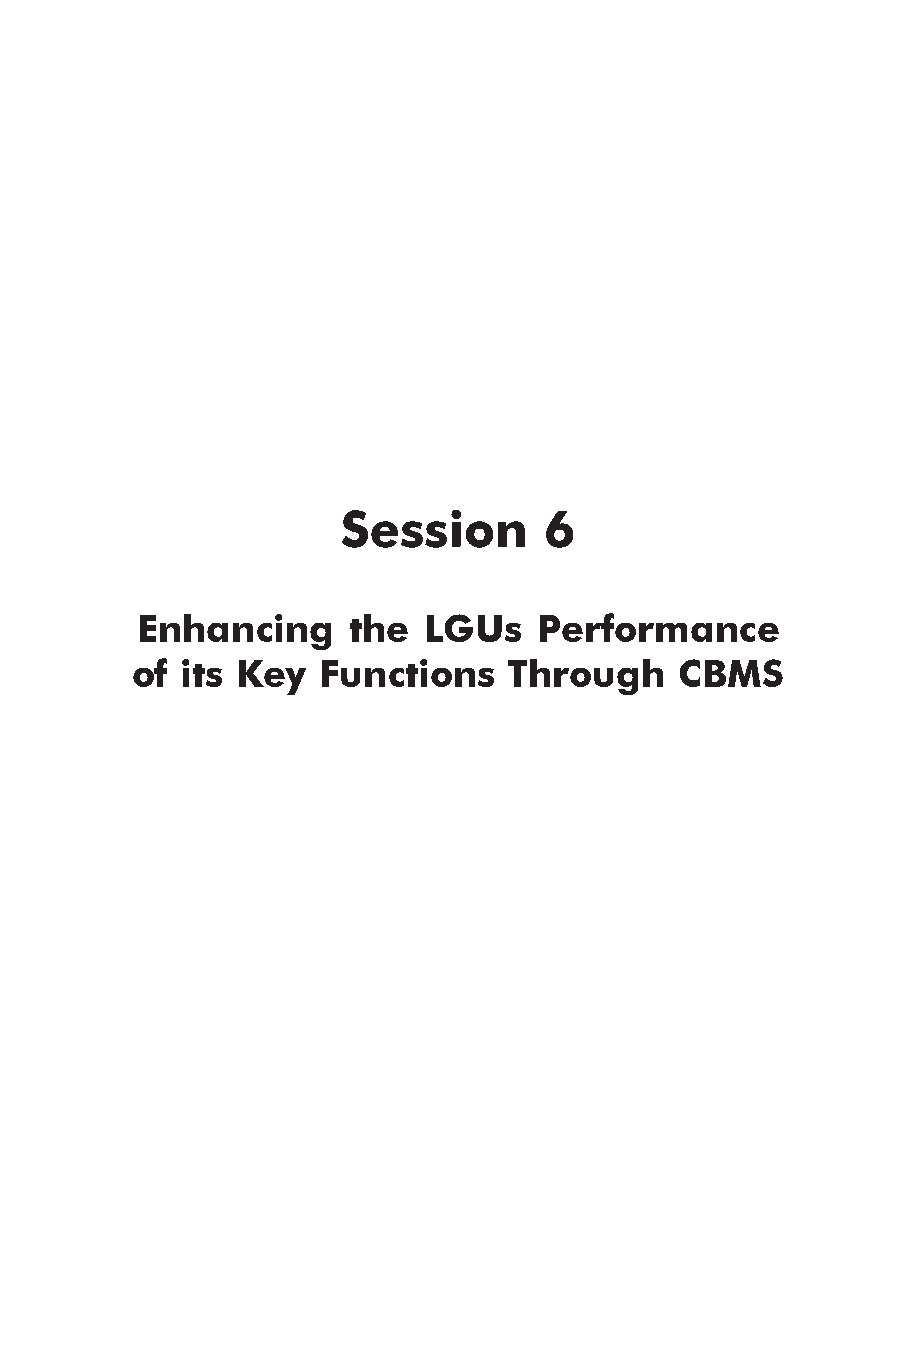
Session      6
 Enhancing     the  LGUs    Performance
 of its Key  Functions    Through    CBMS